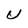
Character: U